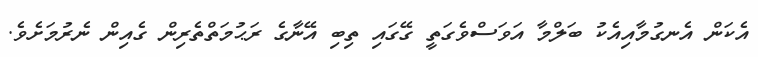
އެކަން އެނގުމާއިއެކު ބަލްމާ އަވަސްވެގަތީ ގޭގައި ތިބި އޭނާގެ ރަޙުމަތްތެރިން ގެއިން ނެރުމަށެވެ.